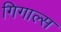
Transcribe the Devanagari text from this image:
गिगाल्स